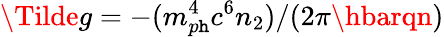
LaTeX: \Tilde{g}=-(m_{p\mathtt{h}}^{4}c^{6}n_{2})/(2\pi\hbarqn)